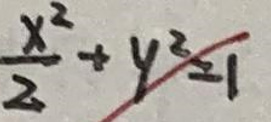
$\frac{x^{2}}{2}+y^{2}=1$